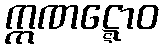
ဣဏဋ္ဋောဝ